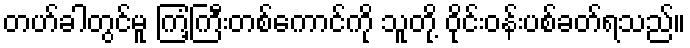
တဟ်ခါတွင်မူ ကြံ့ကြီးတစ်ကောင်ကို သူတို့ ဝိုင်းဝန်းပစ်ခတ်ရသည်။